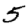
Digit: 5